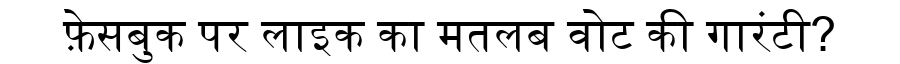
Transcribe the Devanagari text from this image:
फ़ेसबुक पर लाइक का मतलब वोट की गारंटी?